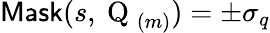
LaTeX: \textsf{Mask}(s,\mathrm{~Q~}_{(m)})=\pm\sigma_{q}